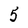
Character: 5